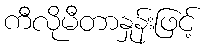
ကီလိုမီတာနှုန်းဖြင့်